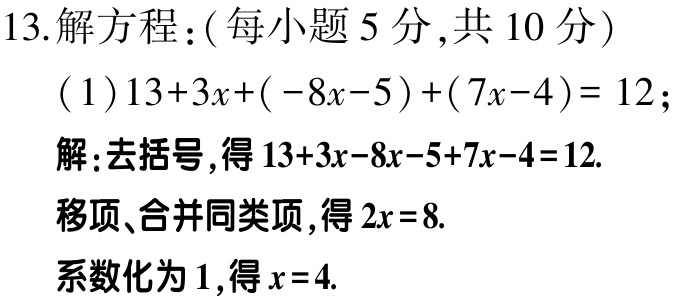
13.解方程：(每小题5分,共10分)

(1)\(13 + 3x+(-8x - 5)+(7x - 4)=12\);

解:去括号,得\(13 + 3x-8x - 5+7x - 4 = 12\).

移项、合并同类项,得\(2x = 8\).

系数化为1,得\(x = 4\).